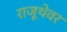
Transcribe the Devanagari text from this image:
राजूथेवर